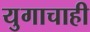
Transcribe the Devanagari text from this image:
युगाचाही